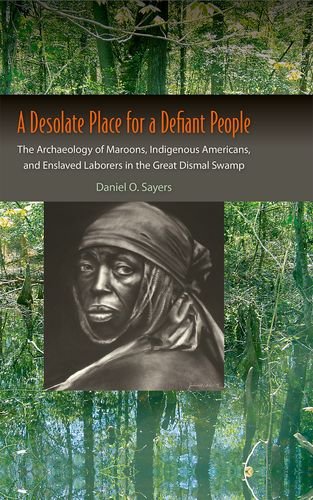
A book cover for A Desolate Place for a Defiant People: The Archaeology of Maroons, Indigenous Americans, and Enslaved Laborers in the Great Dismal Swamp (Co-published with The Society for Historical Archaeology); Daniel O. Sayers; History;